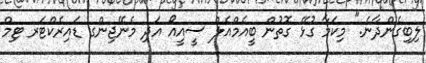
ލިބިގެންދާނެ." މިކަމާ ގުޅޭ ގޮތުން ބީއެމްއެލް ސީއީއޯ އަދި މެނޭޖިންގ ޑައިރެކްޓަރ ޓިމް